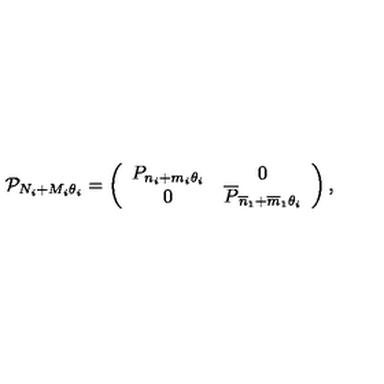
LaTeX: \mathcal { P } _ { N _ { i } + M _ { i } \theta _ { i } } = \left( \begin{array} { c c } { P _ { n _ { i } + m _ { i } \theta _ { i } } } & { 0 } \\ { 0 } & { \overline { { P } } _ { \overline { { n } } _ { 1 } + \overline { { m } } _ { 1 } \theta _ { i } } } \\ \end{array} \right) ,